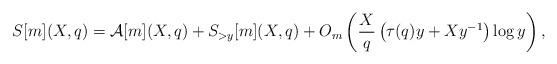
LaTeX: \begin{align*}S[m](X,q)=\mathcal{A}[m](X,q)+S_{> y}[m](X,q)+O_m\left(\dfrac{X}{q}\left(\tau(q)y+ Xy^{-1}\right)\log y\right),\end{align*}